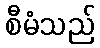
စီမံသည်